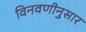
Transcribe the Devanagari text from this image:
विनवणीनुसार